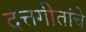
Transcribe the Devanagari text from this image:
दत्तगीतांचे